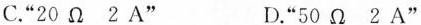
C.”20Ω2A” D.”50Ω2A”